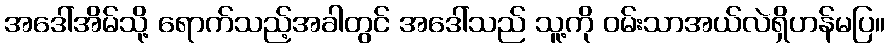
အဒေါ်အိမ်သို့ ရောက်သည့်အခါတွင် အဒေါ်သည် သူ့ကို ဝမ်းသာအယ်လဲရှိဟန်မပြ။